Reports on military cantonments and civil stations in the Presidency of Bombay inspected by the Sanitary Commissioner in the years 1875 and 1876
Year: 1875
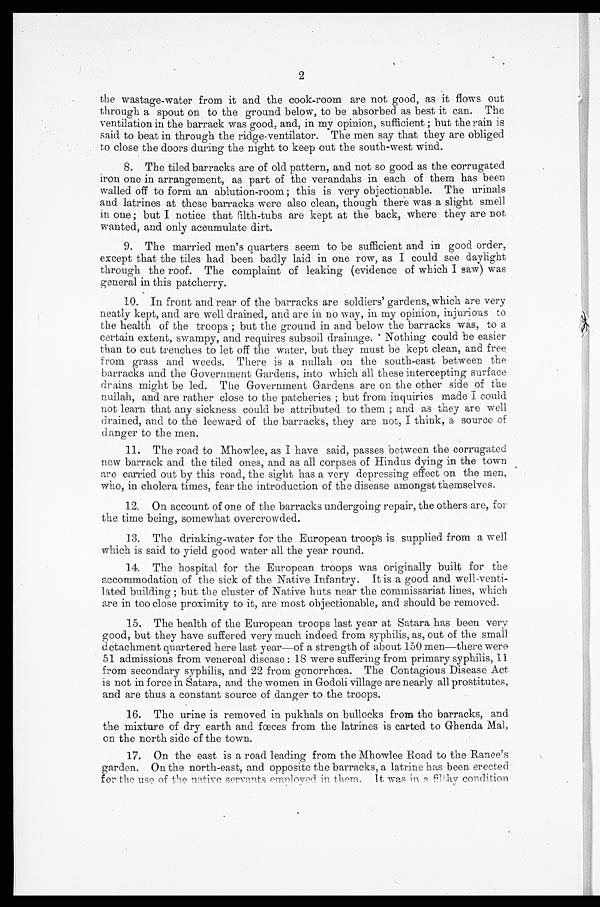
2
the wastage-water from it and the cook-room are not good, as it flows out
through a spout on to the ground below, to be absorbed as best it can. The
ventilation in the barrack was good, and, in my opinion, sufficient ; but the rain is
said to beat in through the ridge-ventilator. The men say that they are obliged
to, close the doors during the night to keep out the south-west wind.
8.
The tiled barracks are of old pattern, and not so good as the corrugated
iron one in arrangement, as part of the verandahs in each of them has been
walled off to form an ablution-room; this is very objectionable. The urinals
and latrines at these barracks were also clean, though there was a slight smell.
in one; but I notice that .filth-tubs are kept at the back, where they are not
wanted, and only accumulate dirt.
9.
The married men's quarters seem to be sufficient and in good order,
except that the tiles had been badly laid in one row, as I could see daylight
through the roof. The complaint of leaking (evidence of which I saw) was
general in this patcherry.
10.
In front and rear of the barracks are soldiers' gardens,.which are very
neatly kept, and are well drained, and are in no way, in my opinion, injurious to
the health of the troops ; but the ground in and below the barracks was, to a
certain extent, swampy, and requires subsoil drainage. Nothing could be easier
than to cut trenches to let off the water, but they must be kept clean, and free.
from grass and weeds. There is a nullah on the south-east between the
barracks and the Government Gardens, into which all these intercepting surface
drains might be led. The Government Gardens are on the other side of the
nullah, and are rather close to the patcheries ; but from inquiries made could
not learn that any sickness could be attributed to them ; and as they are well
(itained, and to the leeward of the barracks, they are not, I think, a source of
danffer to the men.
11.
The road to Mhowlee, as I have said, passes between the corrugated
new barrack and the tiled ones, and as all corpses of Hindus dying in the town
are carried out by this road, the sight has a very depressing effect on the men,
who, in cholera times, fear the introduction of the disease amongst themselves.
12.
On account of one of the barracks undergoing repair, the others are, for
the time being, somewhat overcrowded.
13.
The drinking-water for the European troop's is supplied from a well
which is said to yield good water all the year round.
14.
The hospital for the European troops was originally built for the
accommodation of the sick of the Native Infantry. It is a good and well-venti-
lated building ; but the cluster of Native huts near the commissariat lines, which
are in too close proximity to it, are most objectionable, and should be removed.
15.
The health of the European troops last year at Satara has been very
good, but they have suffered very much indeed from syphilis, as, out of the small
detachment quartered here last year—of a strength of about 150 men—there were
51 admissions from venereal disease : 18 were suffering from primary syphilis, 11.
from secondary syphilis, and 22 from gonorrhoea. The Contagious Disease Act
is not in force in Satara, and the women in Godoli village are nearly all prostitutes,
and are thus a constant source of danger to the troops.
16.
The urine is removed in pukhals on bullocks from the barracks, and
the mixture of dry earth and faeces from the latrines is carted to Ghenda Mal,
on the north side of the town.
17.
On the east is a road leading from the Mhowlee Road to the Ranee's
garden. On the north-east, and opposite the barracks, a latrine has been erected
fart he nse of die native servants einilovoil
tIlem. It was in a filthy
condition.